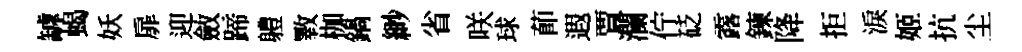
罅蝎妖扉迎斂蹄軆斁枷鍋緲省咲球莭遐賈瀾佇砭露鍊降拒淚姬抗尘